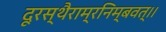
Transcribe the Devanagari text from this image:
दूरस्थैराम्रनिम्बवत्।।